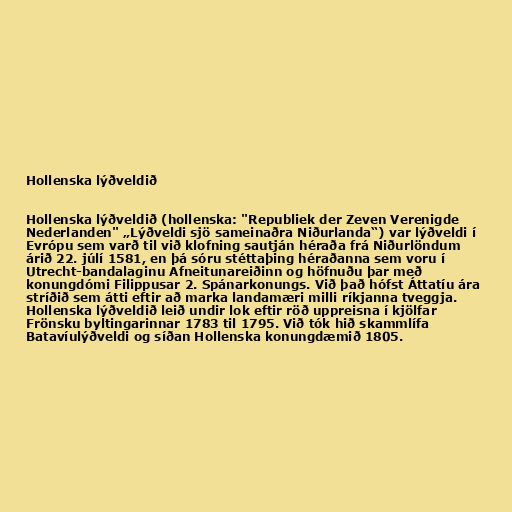
Hollenska lýðveldið

Hollenska lýðveldið (hollenska: "Republiek der Zeven Verenigde
Nederlanden" „Lýðveldi sjö sameinaðra Niðurlanda“) var lýðveldi í
Evrópu sem varð til við klofning sautján héraða frá Niðurlöndum
árið 22. júlí 1581, en þá sóru stéttaþing héraðanna sem voru í
Utrecht-bandalaginu Afneitunareiðinn og höfnuðu þar með
konungdómi Filippusar 2. Spánarkonungs. Við það hófst Áttatíu ára
stríðið sem átti eftir að marka landamæri milli ríkjanna tveggja.
Hollenska lýðveldið leið undir lok eftir röð uppreisna í kjölfar
Frönsku byltingarinnar 1783 til 1795. Við tók hið skammlífa
Batavíulýðveldi og síðan Hollenska konungdæmið 1805.